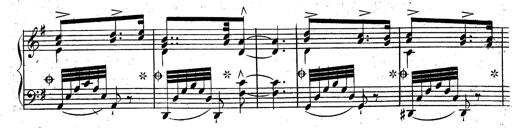
Title: Rondeau fantastique sur un thÃ¨me espagnol
Composer: Franz Liszt